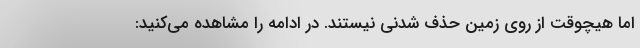
اما هیچوقت از روی زمین حذف شدنی نیستند. در ادامه را مشاهده می‌کنید: